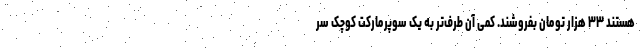
هستند ۳۳ هزار تومان بفروشند. کمی آن طرف‌تر به یک سوپرمارکت کوچک سر